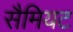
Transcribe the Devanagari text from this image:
सैमियट